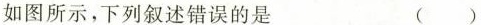
如图所示，下列叙述错误的是 ( )